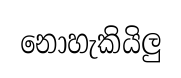
නොහැකියිලු